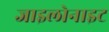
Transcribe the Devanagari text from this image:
जाइलोनाइट